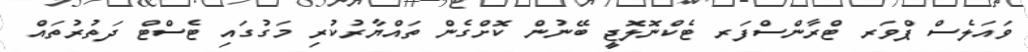
ވައަލެސް ޕްވަރ ޓްރާންސްފަރ ޓެކްނޮލޮޖީ ބޭނުން ކޮށްގެން ތައްޔާރުކުރި މަގުގައި ޓެސްޓް ދަތުރުތައް